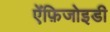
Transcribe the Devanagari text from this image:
ऐंफ़िजोइडी